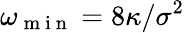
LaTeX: \omega_{\mathrm{~m~i~n~}}=8\kappa/\sigma^{2}